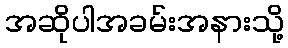
အဆိုပါအခမ်းအနားသို့